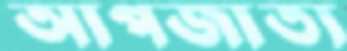
আপজাত্য